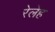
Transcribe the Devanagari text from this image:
रेलेह